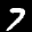
Digit: 7